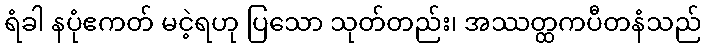
ရံခါ နပုံဧကတ် မငဲ့ရဟု ပြသော သုတ်တည်း၊ အဿတ္ထကပီတနံသည်